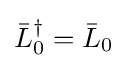
{\bar {L}}_{0}^{\dagger }={\bar {L}}_{0}